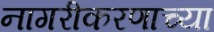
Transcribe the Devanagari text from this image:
नागरीकरणाच्या